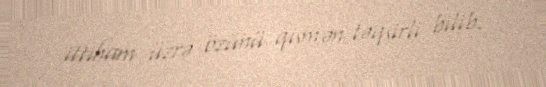
ittiham üzrə özünü qismən təqsirli bilib.